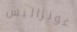
غونزاليس